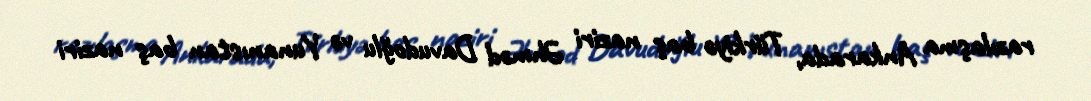
razılaşma Ankarada, Türkiyə baş naziri Əhməd Davudoğlu və Yunanıstan baş naziri